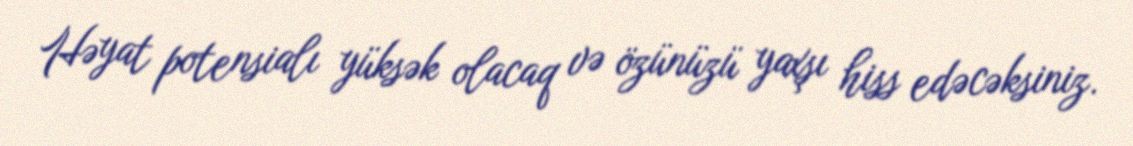
Həyat potensialı yüksək olacaq və özünüzü yaxşı hiss edəcəksiniz.